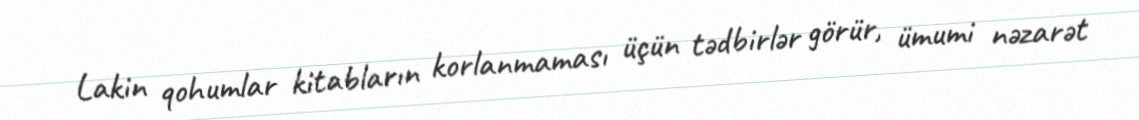
Lakin qohumlar kitabların korlanmaması üçün tədbirlər görür, ümumi nəzarət